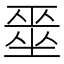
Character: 𭏞